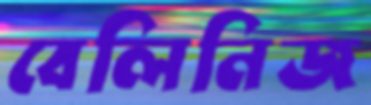
বেলিনিজ